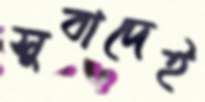
সুবাদেই